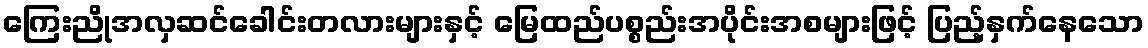
ကြေးညိုအလှဆင်ခေါင်းတလားများနှင့် မြေထည်ပစ္စည်းအပိုင်းအစများဖြင့် ပြည့်နှက်နေသော